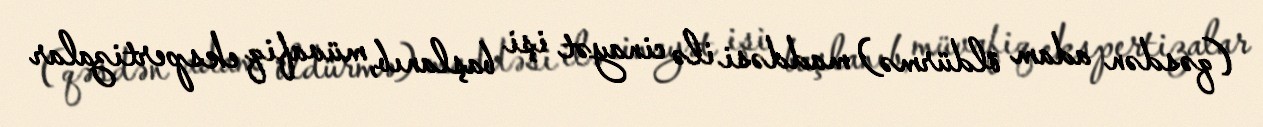
(qəsdən adam öldürmə) maddəsi ilə cinayət işi başlanıb, müvafiq ekspertizalar